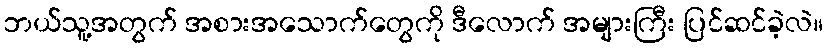
ဘယ်သူ့အတွက် အစားအသောက်တွေကို ဒီလောက် အများကြီး ပြင်ဆင်ခဲ့လဲ။